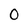
Character: 0